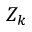
Z _ { k }